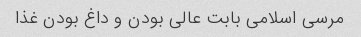
مرسی اسلامی بابت عالی بودن و داغ بودن غذا